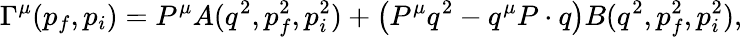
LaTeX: \Gamma^{\mu}(p_{f},p_{i})=P^{\mu}A(q^{2},p_{f}^{2},p_{i}^{2})+\left(P^{\mu}q^{2}-q^{\mu}P\cdot q\right)B(q^{2},p_{f}^{2},p_{i}^{2}),